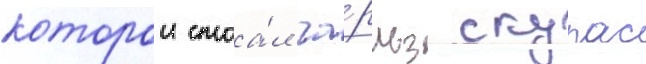
которои стоа́л ча́рльз скурас